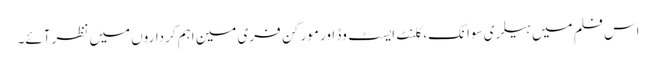
اس فلم میں ہیلری سوانک، کلنٹ ایسٹ وڈ اور مورگن فری مین اہم کرداروں میں نظر آئے۔